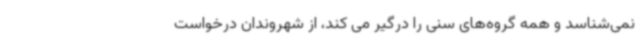
نمی‌شناسد و همه گروه‌های سنی را درگیر می کند، از شهروندان درخواست